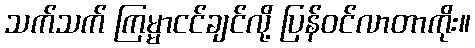
သက်သက် ကြမ္မာငင်ချင်လို့ ပြန်ဝင်လာတာကိုး။